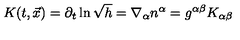
K ( t , \vec { x } ) = \partial _ { t } \ln \sqrt { h } = \nabla _ { \alpha } n ^ { \alpha } = g ^ { \alpha \beta } K _ { \alpha \beta }